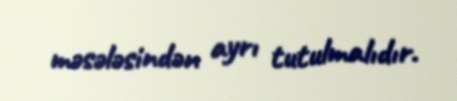
məsələsindən ayrı tutulmalıdır.